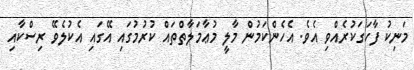
މަނިކު ފާހަގަކުރެއްވި އެވެ. އެހެންކަމުން މާލީ މުޢާމަލާތްތައް ކުރުމުގައި އޭގައި އެކުލެވޭ ރިސްކާއި